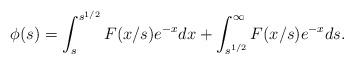
LaTeX: \begin{align*} \phi(s) = \int_{s}^{s^{1/2}} F(x/s) e^{-x} dx + \int_{s^{1/2}}^{\infty} F(x/s)e^{-x} ds.\end{align*}